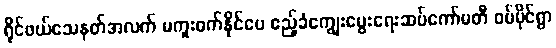
ရိုင်ဖယ်သေနတ်အလက် မကူးစက်နိုင်ပေ ဧည့်ခံကျွေးမွေးရေးဆပ်ကော်မတီ ဝမ်မိုင်ရွာ